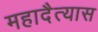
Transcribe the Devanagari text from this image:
महादैत्यास